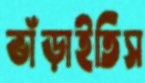
ভাঁড়াইতিস